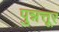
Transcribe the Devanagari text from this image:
पुन्नत्तूर